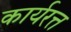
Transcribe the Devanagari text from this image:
कार्यरत्त